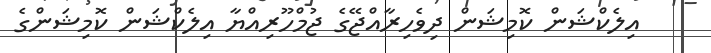
އިލެކްޝަން ކޮމިޝަން ދިވެހިރާއްޖޭގެ ޖުމްހޫރިއްޔާ އިލެކްޝަން ކޮމިޝަންގެ